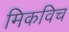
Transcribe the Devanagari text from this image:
मिकविच